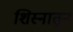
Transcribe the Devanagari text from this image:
शिस्नातून